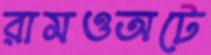
রামওঅটে